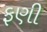
ફણી